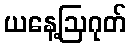
ယနေ့ဩဂုတ်